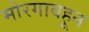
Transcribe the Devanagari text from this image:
मोरगावहून